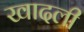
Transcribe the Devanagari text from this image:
खादली